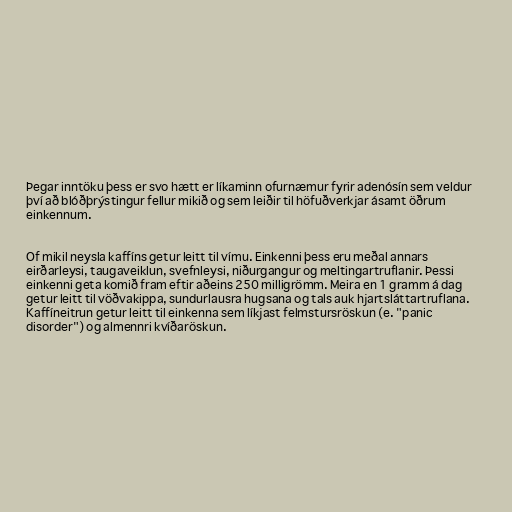
Þegar inntöku þess er svo hætt er líkaminn ofurnæmur fyrir adenósín sem veldur
því að blóðþrýstingur fellur mikið og sem leiðir til höfuðverkjar ásamt öðrum
einkennum.

Of mikil neysla kaffíns getur leitt til vímu. Einkenni þess eru meðal annars
eirðarleysi, taugaveiklun, svefnleysi, niðurgangur og meltingartruflanir. Þessi
einkenni geta komið fram eftir aðeins 250 milligrömm. Meira en 1 gramm á dag
getur leitt til vöðvakippa, sundurlausra hugsana og tals auk hjartsláttartruflana.
Kaffíneitrun getur leitt til einkenna sem líkjast felmstursröskun (e. "panic
disorder") og almennri kvíðaröskun.